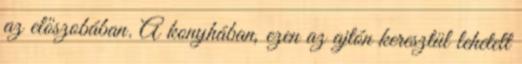
az előszobában. A konyhában, ezen az ajtón keresztül lehetett